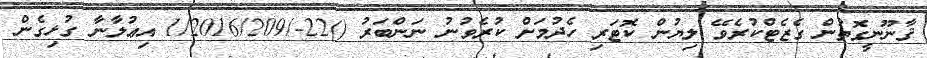
ޤާނޫނީގޮތުން ގެޒެޓްކުރެވޭ ލިޔުން ކޮޓަރި ހެދުމަށް ކުރެވުނު ނަންބަރު ()22-/1/2016/209 އިޢުލާނާ ގުޅިގެން